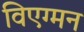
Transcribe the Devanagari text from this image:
विएग्मन